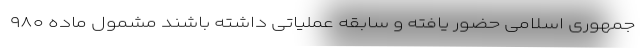
جمهوری اسلامی حضور یافته و سابقه عملیاتی داشته باشند مشمول ماده ۹۸۰